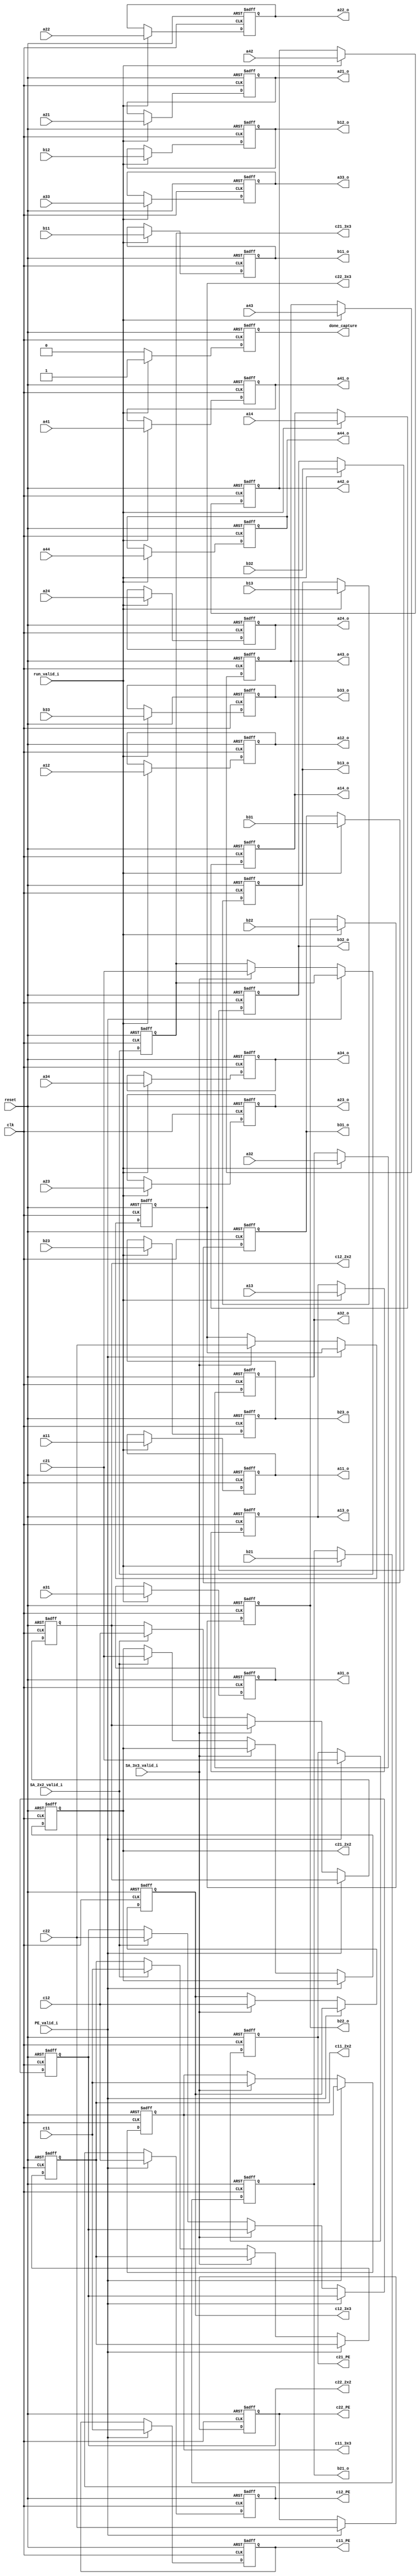
module memory (clk, reset, run_valid_i, done_capture, 
a11, a12, a13, a14, a21, a22, a23, a24, a31, a32, a33, a34, a41, a42, a43, a44,
b11, b12, b13, b21, b22, b23, b31, b32, b33, c11, c12, c21, c22,
a11_o, a12_o, a13_o, a14_o, a21_o, a22_o, a23_o, a24_o, a31_o, a32_o, a33_o, a34_o, a41_o, a42_o, a43_o, a44_o,
b11_o, b12_o, b13_o, b21_o, b22_o, b23_o, b31_o, b32_o, b33_o, 
c11_PE, c12_PE, c21_PE, c22_PE, c11_3x3, c12_3x3, c21_3x3, c22_3x3, c11_2x2, c12_2x2, c21_2x2, c22_2x2,
PE_valid_i, SA_3x3_valid_i, SA_2x2_valid_i);

	input clk; 
	input reset;

  input run_valid_i; // top run 
                    
  input PE_valid_i;  // controller 
  input SA_3x3_valid_i;  // controller 
  input SA_2x2_valid_i; // controller 


  output reg done_capture; // computation active_store 

  input [7:0]
    a11, a12, a13, a14,
    a21, a22, a23, a24,
    a31, a32, a33, a34,
    a41, a42, a43, a44;
  input [7:0]
    b11, b12, b13,
    b21, b22, b23,
    b31, b32, b33;
  input [7:0] 
    c11, c12,
    c21, c22;

  output [7:0]
    a11_o, a12_o, a13_o, a14_o,
    a21_o, a22_o, a23_o, a24_o,
    a31_o, a32_o, a33_o, a34_o,
    a41_o, a42_o, a43_o, a44_o;
  output [7:0]
    b11_o, b12_o, b13_o, 
    b21_o, b22_o, b23_o, 
    b31_o, b32_o, b33_o;

  output [7:0] 
    c11_PE, c12_PE, 
    c21_PE, c22_PE;
  output [7:0]
    c11_3x3, c12_3x3,
    c21_3x3, c22_3x3;
  output [7:0]
    c11_2x2, c12_2x2,
    c21_2x2, c22_2x2;


  // memory of input
  reg [7:0] memory_input [0:15];
  // memory of filter
  reg [7:0] memory_filter [0:8];
  // memory of result from computation, PE [0:3], SA_3x3 [4:7], SA_2x2 [8:11]
  reg [7:0] memory_result [0:11];

  // capture input to memory
  always @(posedge clk or posedge reset) 
  begin
    if (reset == 1'b1) begin
      memory_input[0] <= 8'b0; memory_input[1] <= 8'b0; memory_input[2] <= 8'b0; memory_input[3] <= 8'b0;
      memory_input[4] <= 8'b0; memory_input[5] <= 8'b0; memory_input[6] <= 8'b0; memory_input[7] <= 8'b0;
      memory_input[8] <= 8'b0; memory_input[9] <= 8'b0; memory_input[10] <= 8'b0; memory_input[11] <= 8'b0;
      memory_input[12] <= 8'b0; memory_input[13] <= 8'b0; memory_input[14] <= 8'b0; memory_input[15] <= 8'b0;

      memory_filter[0] <= 8'b0; memory_filter[1] <= 8'b0; memory_filter[2] <= 8'b0;
      memory_filter[3] <= 8'b0; memory_filter[4] <= 8'b0; memory_filter[5] <= 8'b0;
      memory_filter[6] <= 8'b0; memory_filter[7] <= 8'b0; memory_filter[8] <= 8'b0;

      done_capture <= 1'b0;
    end
    else if (run_valid_i == 1'b1) begin
      memory_input[0] <= a11; memory_input[1] <= a12; memory_input[2] <= a13; memory_input[3]  <= a14;
      memory_input[4] <= a21; memory_input[5] <= a22; memory_input[6] <= a23; memory_input[7]  <= a24;
      memory_input[8] <= a31; memory_input[9] <= a32; memory_input[10] <= a33; memory_input[11] <= a34;
      memory_input[12] <= a41; memory_input[13] <= a42; memory_input[14] <= a43; memory_input[15] <= a44;
      
      memory_filter[0] <= b11; memory_filter[1] <= b12; memory_filter[2] <= b13;
      memory_filter[3] <= b21; memory_filter[4] <= b22; memory_filter[5] <= b23;
      memory_filter[6] <= b31; memory_filter[7] <= b32; memory_filter[8] <= b33;

      done_capture <= 1'b1;
    end else begin
      done_capture <= 1'b0;
    end
  end

// capture result to memory
  always @(posedge clk or posedge reset) 
  begin
    if (reset == 1'b1) begin
      memory_result[0] <= 8'b0; memory_result[1] <= 8'b0; 
      memory_result[2] <= 8'b0; memory_result[3] <= 8'b0; 
      memory_result[4] <= 8'b0; memory_result[5] <= 8'b0; 
      memory_result[6] <= 8'b0; memory_result[7] <= 8'b0; 
      memory_result[8] <= 8'b0; memory_result[9] <= 8'b0; 
      memory_result[10] <= 8'b0; memory_result[11] <= 8'b0; 
    end 
    else if (PE_valid_i == 1'b1) begin
      memory_result[0] <= c11; memory_result[1] <= c12; 
      memory_result[2] <= c21; memory_result[3] <= c22; 
    end 
    else if (SA_3x3_valid_i == 1'b1) begin
      memory_result[4] <= c11; memory_result[5] <= c12; 
      memory_result[6] <= c21; memory_result[7] <= c22; 
    end 
    else if (SA_2x2_valid_i == 1'b1) begin
      memory_result[8] <= c11; memory_result[9] <= c12; 
      memory_result[10] <= c21; memory_result[11] <= c22; 
    end
  end


  assign a11_o = memory_input[0];
  assign a12_o = memory_input[1];
  assign a13_o = memory_input[2];
  assign a14_o = memory_input[3];

  assign a21_o = memory_input[4];
  assign a22_o = memory_input[5];
  assign a23_o = memory_input[6];
  assign a24_o = memory_input[7];

  assign a31_o = memory_input[8];
  assign a32_o = memory_input[9];
  assign a33_o = memory_input[10];
  assign a34_o = memory_input[11];

  assign a41_o = memory_input[12];
  assign a42_o = memory_input[13];
  assign a43_o = memory_input[14];
  assign a44_o = memory_input[15];

  assign b11_o = memory_filter[0];
  assign b12_o = memory_filter[1];
  assign b13_o = memory_filter[2];

  assign b21_o = memory_filter[3];
  assign b22_o = memory_filter[4];
  assign b23_o = memory_filter[5];

  assign b31_o = memory_filter[6];
  assign b32_o = memory_filter[7];
  assign b33_o = memory_filter[8];
  
  assign c11_PE = memory_result[0];
  assign c12_PE = memory_result[1];
  assign c21_PE = memory_result[2];
  assign c22_PE = memory_result[3];

  assign c11_3x3 = memory_result[4];
  assign c12_3x3 = memory_result[5];
  assign c21_3x3 = memory_result[6];
  assign c22_3x3 = memory_result[7];

  assign c11_2x2= memory_result[8];
  assign c12_2x2 = memory_result[9];
  assign c21_2x2 = memory_result[10];
  assign c22_2x2 = memory_result[11];

endmodule